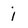
Character: i